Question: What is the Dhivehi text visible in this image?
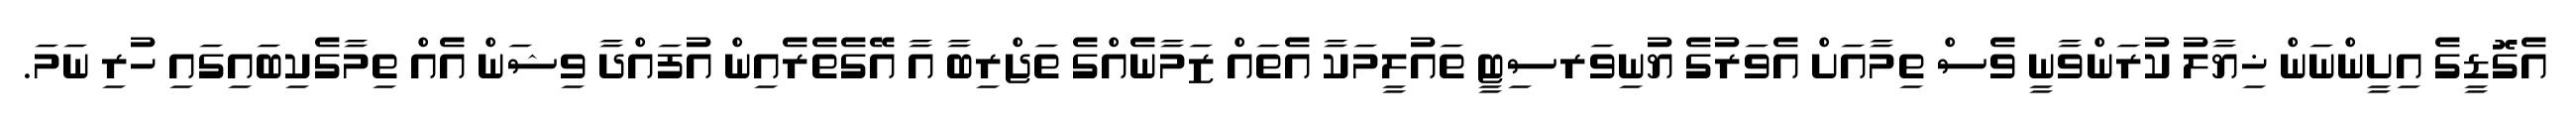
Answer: އެގޮޑީގެ އިށީންނަން ޚިޔާލު ކުރަންވާނީ ވެސް ތިމާއަށް އެވަރުގެ ޔުނިވަރސިޓީ ތައުލީމަކާ އެތައް ޒަމާނެއްގެ ތަޖްރިބާ އާ އޭގެތެރެއިން އުފައްދާ ވިޝަން އެއް ތިމާގެކިބައިގައި ހުރި ނަމަ.